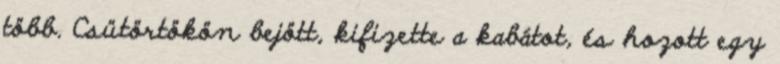
több. Csütörtökön bejött, kifizette a kabátot, és hozott egy